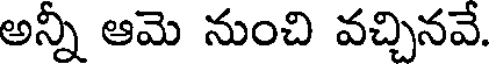
అన్నీ ఆమె నుంచి వచ్చినవే.